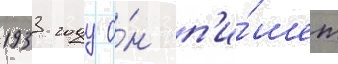
1933 году о́н п'и́шет